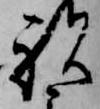
祝